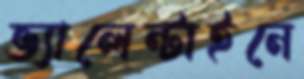
ভ্যালেন্টাইনে